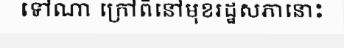
ទៅណា ក្រៅពីនៅមុខរដ្ឋសភានោះ